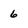
Character: 6